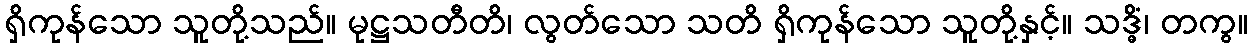
ရှိကုန်သော သူတို့သည်။ မုဋ္ဌသတီတိ၊ လွတ်သော သတိ ရှိကုန်သော သူတို့နှင့်။ သဒ္ဓိံ၊ တကွ။